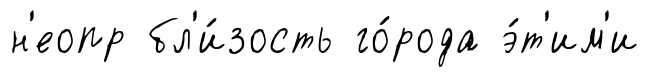
н'еопр бл'и́зость го́рода э́т'им'и